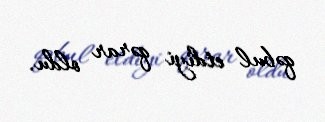
qəbul etdiyi qərar oldu.